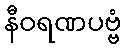
နီဝရဏပဗ္ဗံ